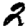
Digit: 2